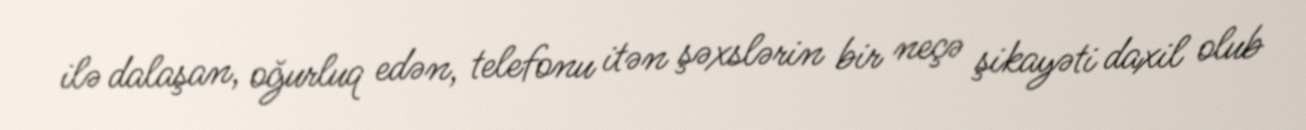
ilə dalaşan, oğurluq edən, telefonu itən şəxslərin bir neçə şikayəti daxil olub